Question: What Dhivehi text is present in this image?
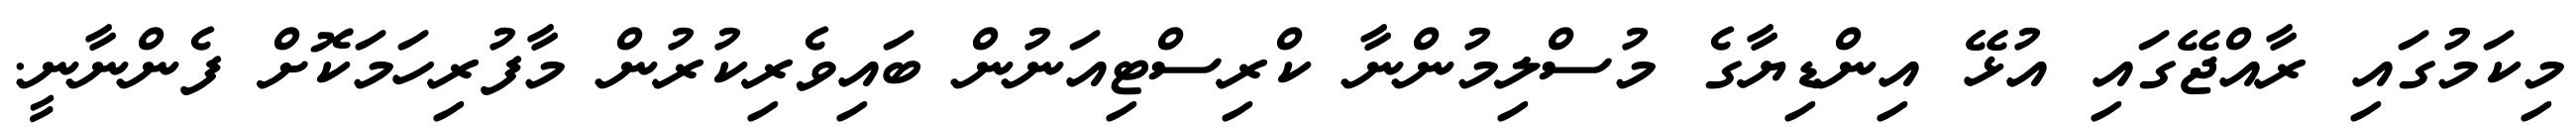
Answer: މިކަމުގައި ރާއްޖޭގައި އުޅޭ އިންޑިޔާގެ މުސްލިމުންނާ ކްރިސްޓިއަނުން ބައިވެރިކުރުން މާފުރިހަމަކޮށް ފެންނާނީ.